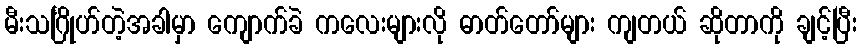
မီးသင်္ဂြိုဟ်တဲ့အခါမှာ ကျောက်ခဲ ကလေးများလို ဓာတ်တော်များ ကျတယ် ဆိုတာကို ချင့်ပြီး